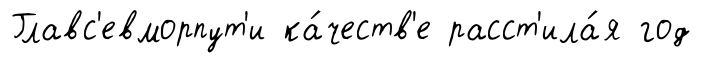
Главс'евморпут'и ка́честв'е расст'ила́я год